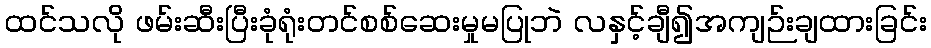
ထင်သလို ဖမ်းဆီးပြီးခုံရုံးတင်စစ်ဆေးမှုမပြုဘဲ လနှင့်ချီ၍အကျဉ်းချထားခြင်း